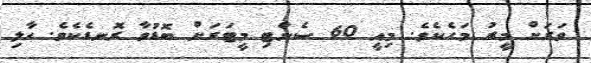
ވަރަށް މީރު މަހެކެވެ. މިއީ 60 ސެންޓި މީޓަރަށް ބޮޑުވާ ރޮނޑެކެވެ. ހާލި